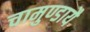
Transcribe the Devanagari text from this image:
चामुण्डायै